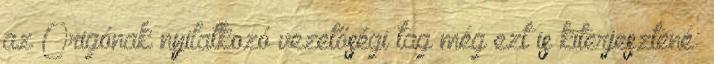
az Origónak nyilatkozó vezetőségi tag még ezt is kiterjesztené: